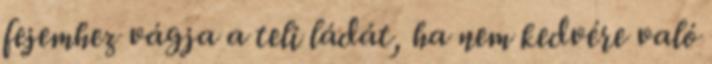
fejemhez vágja a teli ládát, ha nem kedvére való